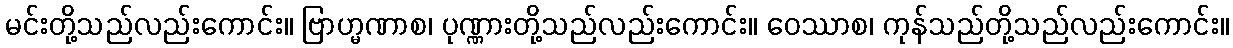
မင်းတို့သည်လည်းကောင်း။ ဗြာဟ္မဏာစ၊ ပုဏ္ဏားတို့သည်လည်းကောင်း။ ဝေဿာစ၊ ကုန်သည်တို့သည်လည်းကောင်း။